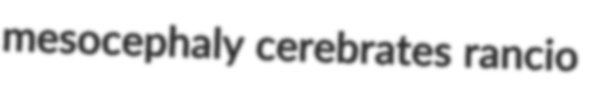
mesocephaly cerebrates rancio